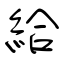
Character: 給